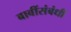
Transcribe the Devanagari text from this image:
बाबींसंबंधी